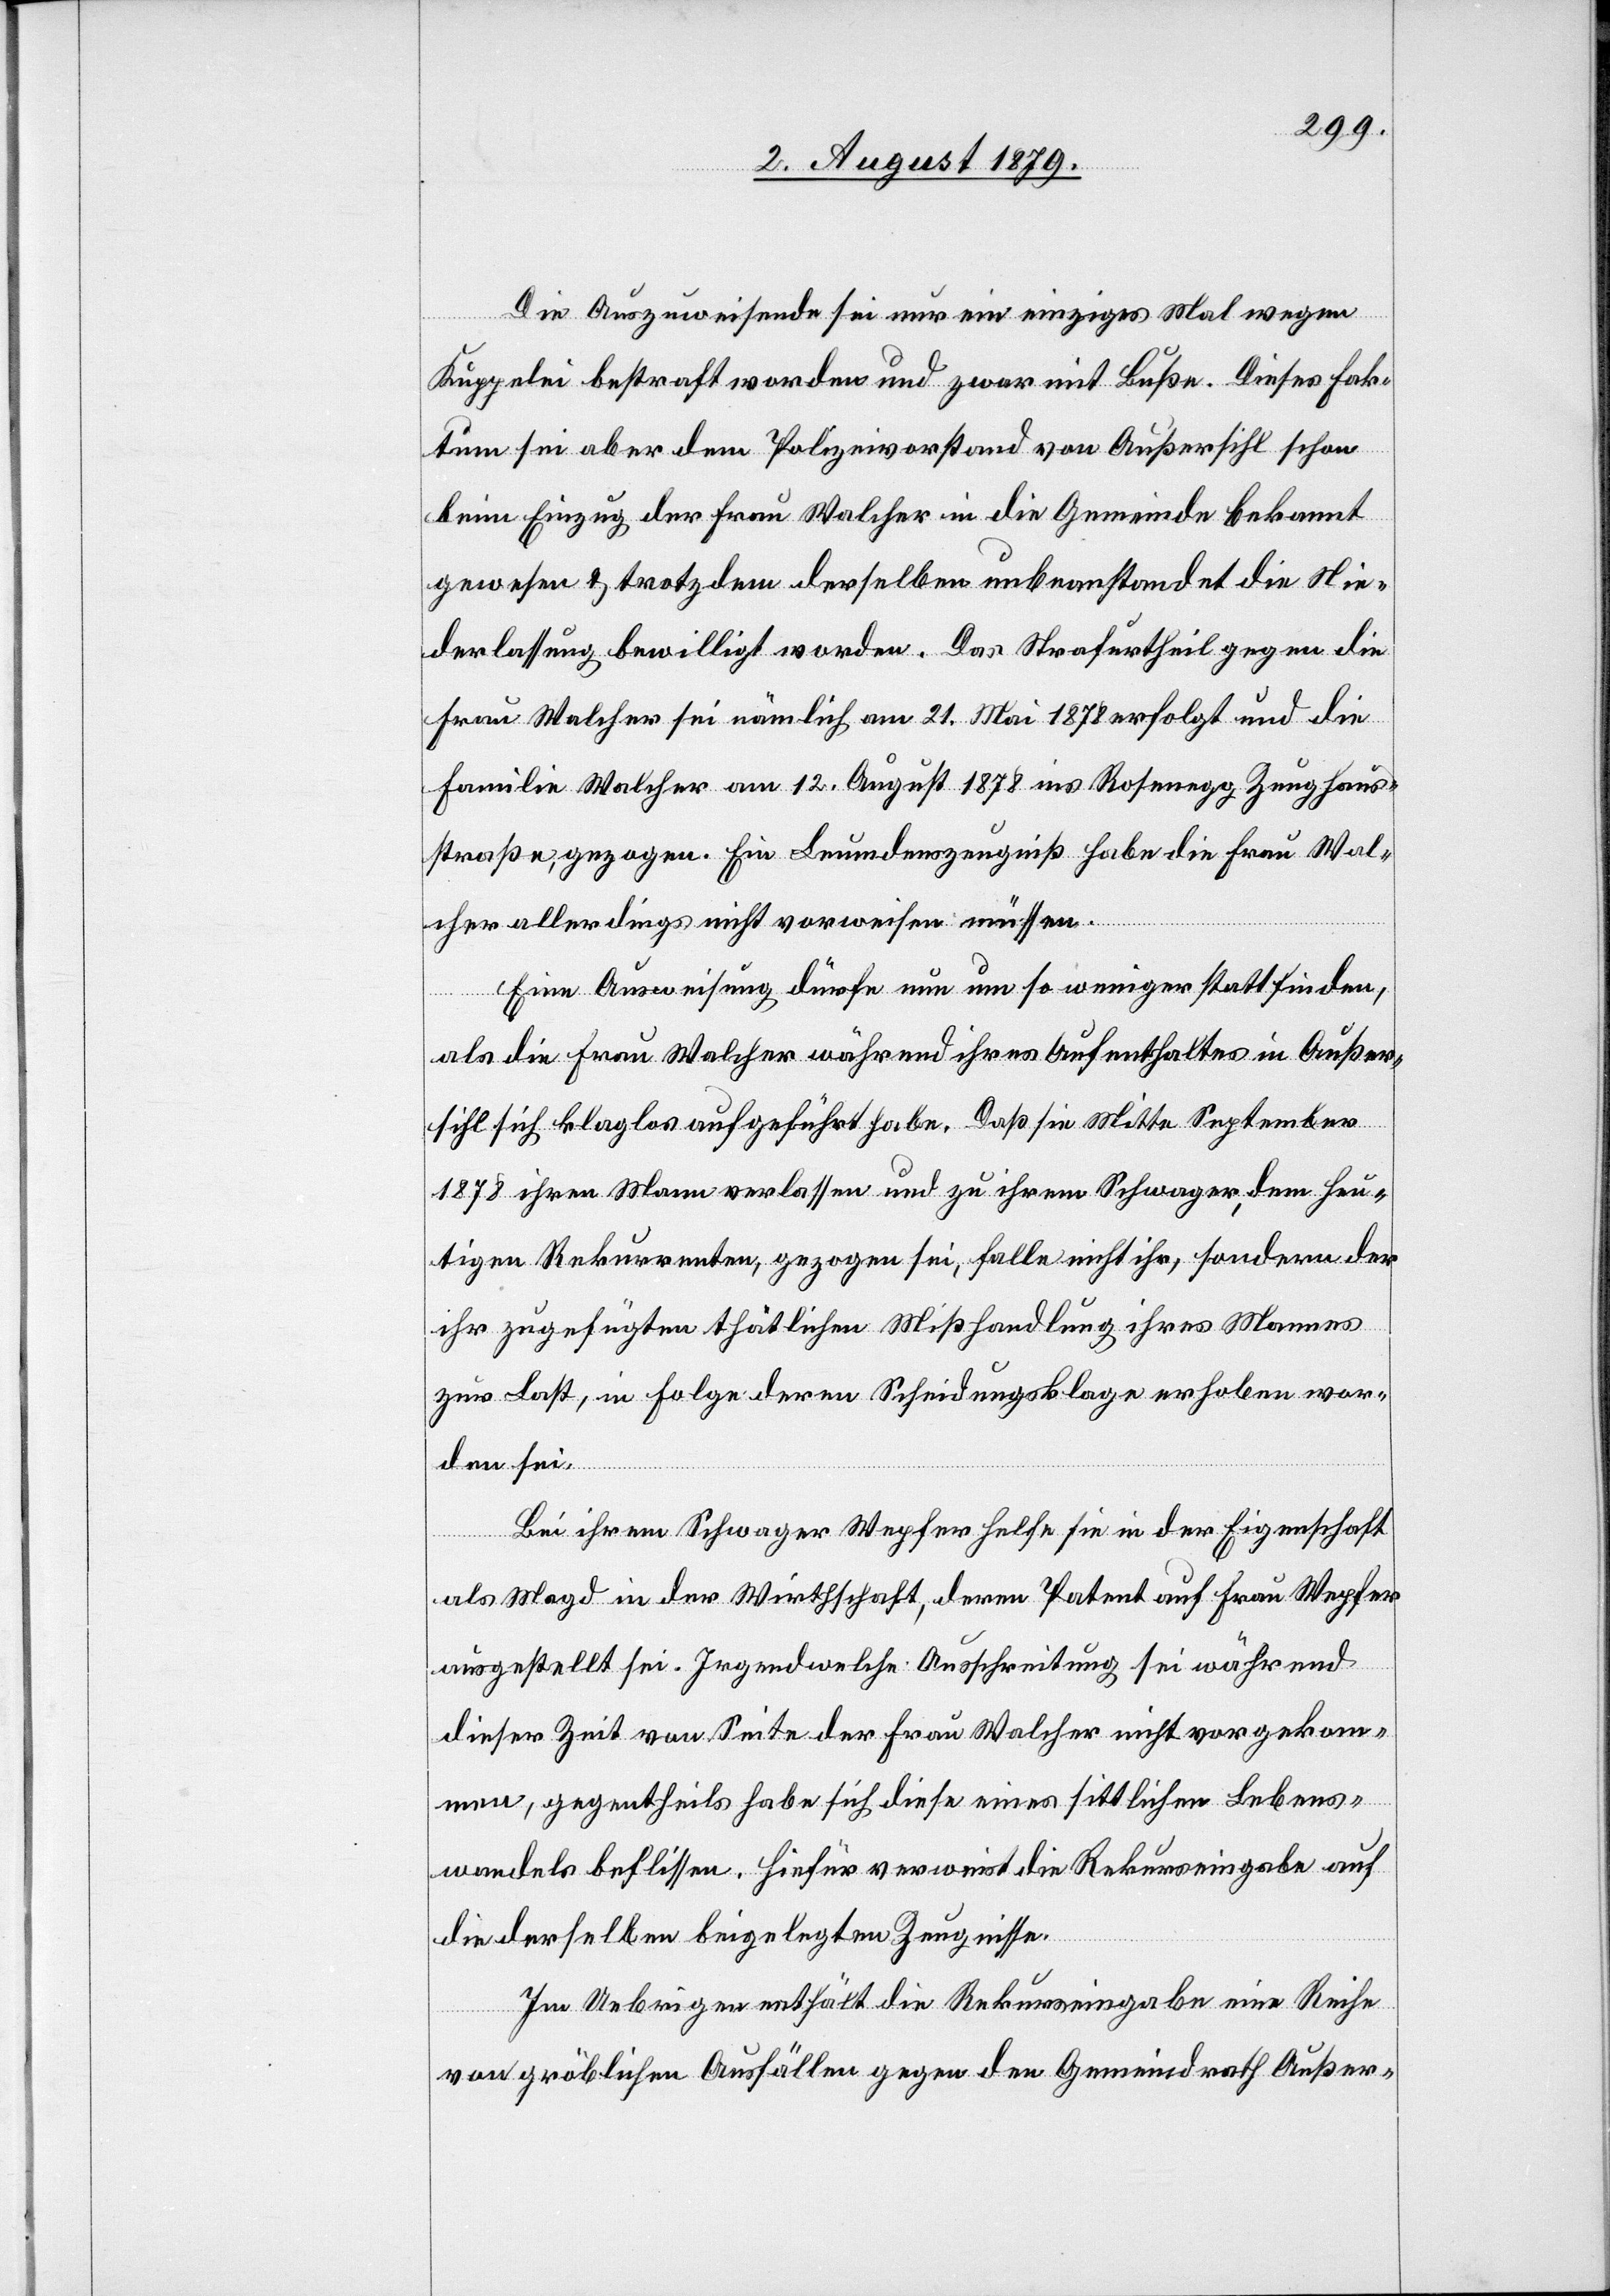
Die Auszuweisende sei nur ein einziges Mal wegen
Kuppelei bestraft worden und zwar mit Buße. Dieses Fak¬
tum sei aber dem Polizeivorstand von Außersihl schon
beim Einzug der Frau Walcher in die Gemeinde bekannt
gewesen & trotzdem derselben unbeanstandet die Nie¬
derlassung bewilligt worden. Das Strafurtheil gegen die
Frau Walcher sei nämlich am 21. Mai 1878 erfolgt und die
Familie Walcher am 12. August 1878 ins Rosenegg Zeughaus¬
straße, gezogen. Ein Leumdenszeugniß habe die Frau Wal¬
cher allerdings nicht vorweisen müssen.
Eine Ausweisung dürfe nun um so weniger stattfinden,
als die Frau Walcher während ihres Aufenthaltes in Außer¬
sihl sich klaglos aufgeführt habe. Daß sie Mitte September
1878 ihren Mann verlassen und zu ihrem Schwager, dem heu¬
tigen Rekurrenten, gezogen sei, falle nicht ihr, sondern der
ihr zugefügten thätlichen Misshandlung ihres Mannes
zur Last, in Folge deren Scheidungsklage erhoben wor¬
den sei.
Bei ihrem Schwager Wepfer helfe sie in der Eigenschaft
als Magd in der Wirthschaft, deren Patent auf Frau Wepfer
ausgestellt sei. Irgendwelche Ausschreitung sei während
dieser Zeit von Seite der Frau Walcher nicht vorgekom¬
men, gegentheils habe sich diese eines sittlichen Lebens¬
wandels beflissen. Hiefür verweist die Rekurseingabe auf
die derselben beigelegten Zeugnisse.
Im Uebrigen enthält die Rekurseingabe eine Reihe
von gröblichen Ausfällen gegen den Gemeindrath Außer-